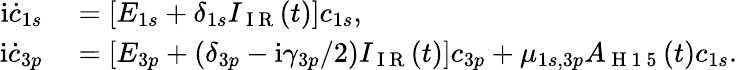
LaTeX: \begin{array}{rl}{\mathrm i\dot{c}_{1s}}&{{}=[E_{1s}+\delta_{1s}I_{\mathrm{~I~R~}}(t)]c_{1s},}\\ {\mathrm i\dot{c}_{3p}}&{{}=[E_{3p}+(\delta_{3p}-\mathrm i\gamma_{3p}/2)I_{\mathrm{~I~R~}}(t)]c_{3p}+\mu_{1s,3p}A_{\mathrm{~H~1~5~}}(t)c_{1s}.}\end{array}